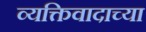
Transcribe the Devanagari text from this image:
व्यक्तिवादाच्या